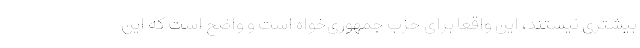
بیشتری نیستند، این واقعا برای حزب جمهوری‌خواه است و واضح است که این